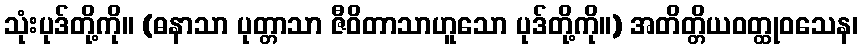
သုံးပုဒ်တို့ကို။ (ဓနာသာ ပုတ္တာသာ ဇီဝိတာသာဟူသော ပုဒ်တို့ကို။) အတိတ္တိယဝတ္ထုဝသေန၊